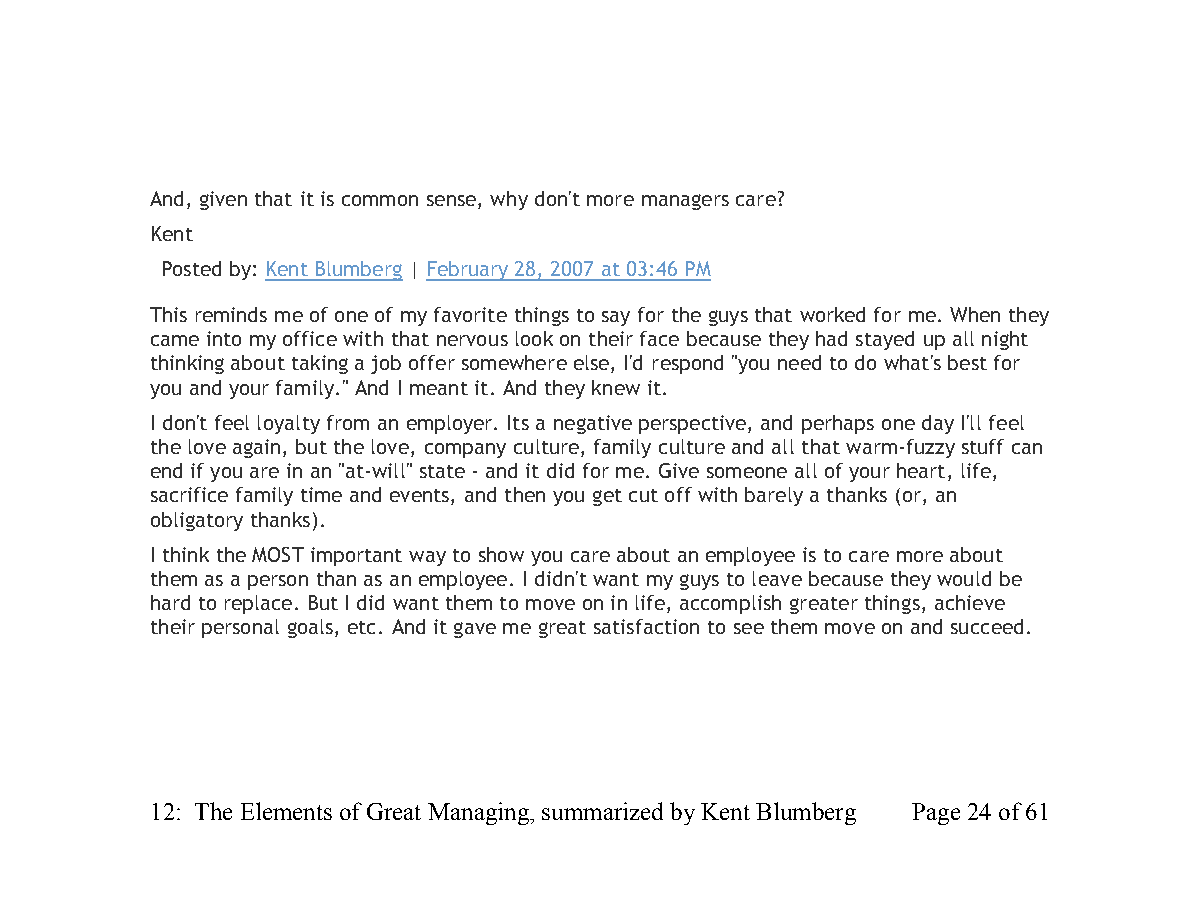
And, given that it is common sense, why don't more managers care?
 Kent
 Posted by: Kent Blumberg | February 28, 2007 at 03:46 PM
 This reminds me of one of my favorite things to say for the guys that worked for me. When they
 came into my office with that nervous look on their face because they had stayed up all night
 thinking about taking a job offer somewhere else, I'd respond "you need to do what's best for
 you and your family." And I meant it. And they knew it.
 I don't feel loyalty from an employer. Its a negative perspective, and perhaps one day I'll feel
 the love again, but the love, company culture, family culture and all that warm-fuzzy stuff can
 end if you are in an "at-will" state - and it did for me. Give someone all of your heart, life,
 sacrifice family time and events, and then you get cut off with barely a thanks (or, an
 obligatory thanks).
 I think the MOST important way to show you care about an employee is to care more about
 them as a person than as an employee. I didn't want my guys to leave because they would be
 hard to replace. But I did want them to move on in life, accomplish greater things, achieve
 their personal goals, etc. And it gave me great satisfaction to see them move on and succeed.
 12: The Elements of Great Managing, summarized by Kent Blumberg Page 24 of 61